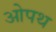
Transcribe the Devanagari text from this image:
ओपथ